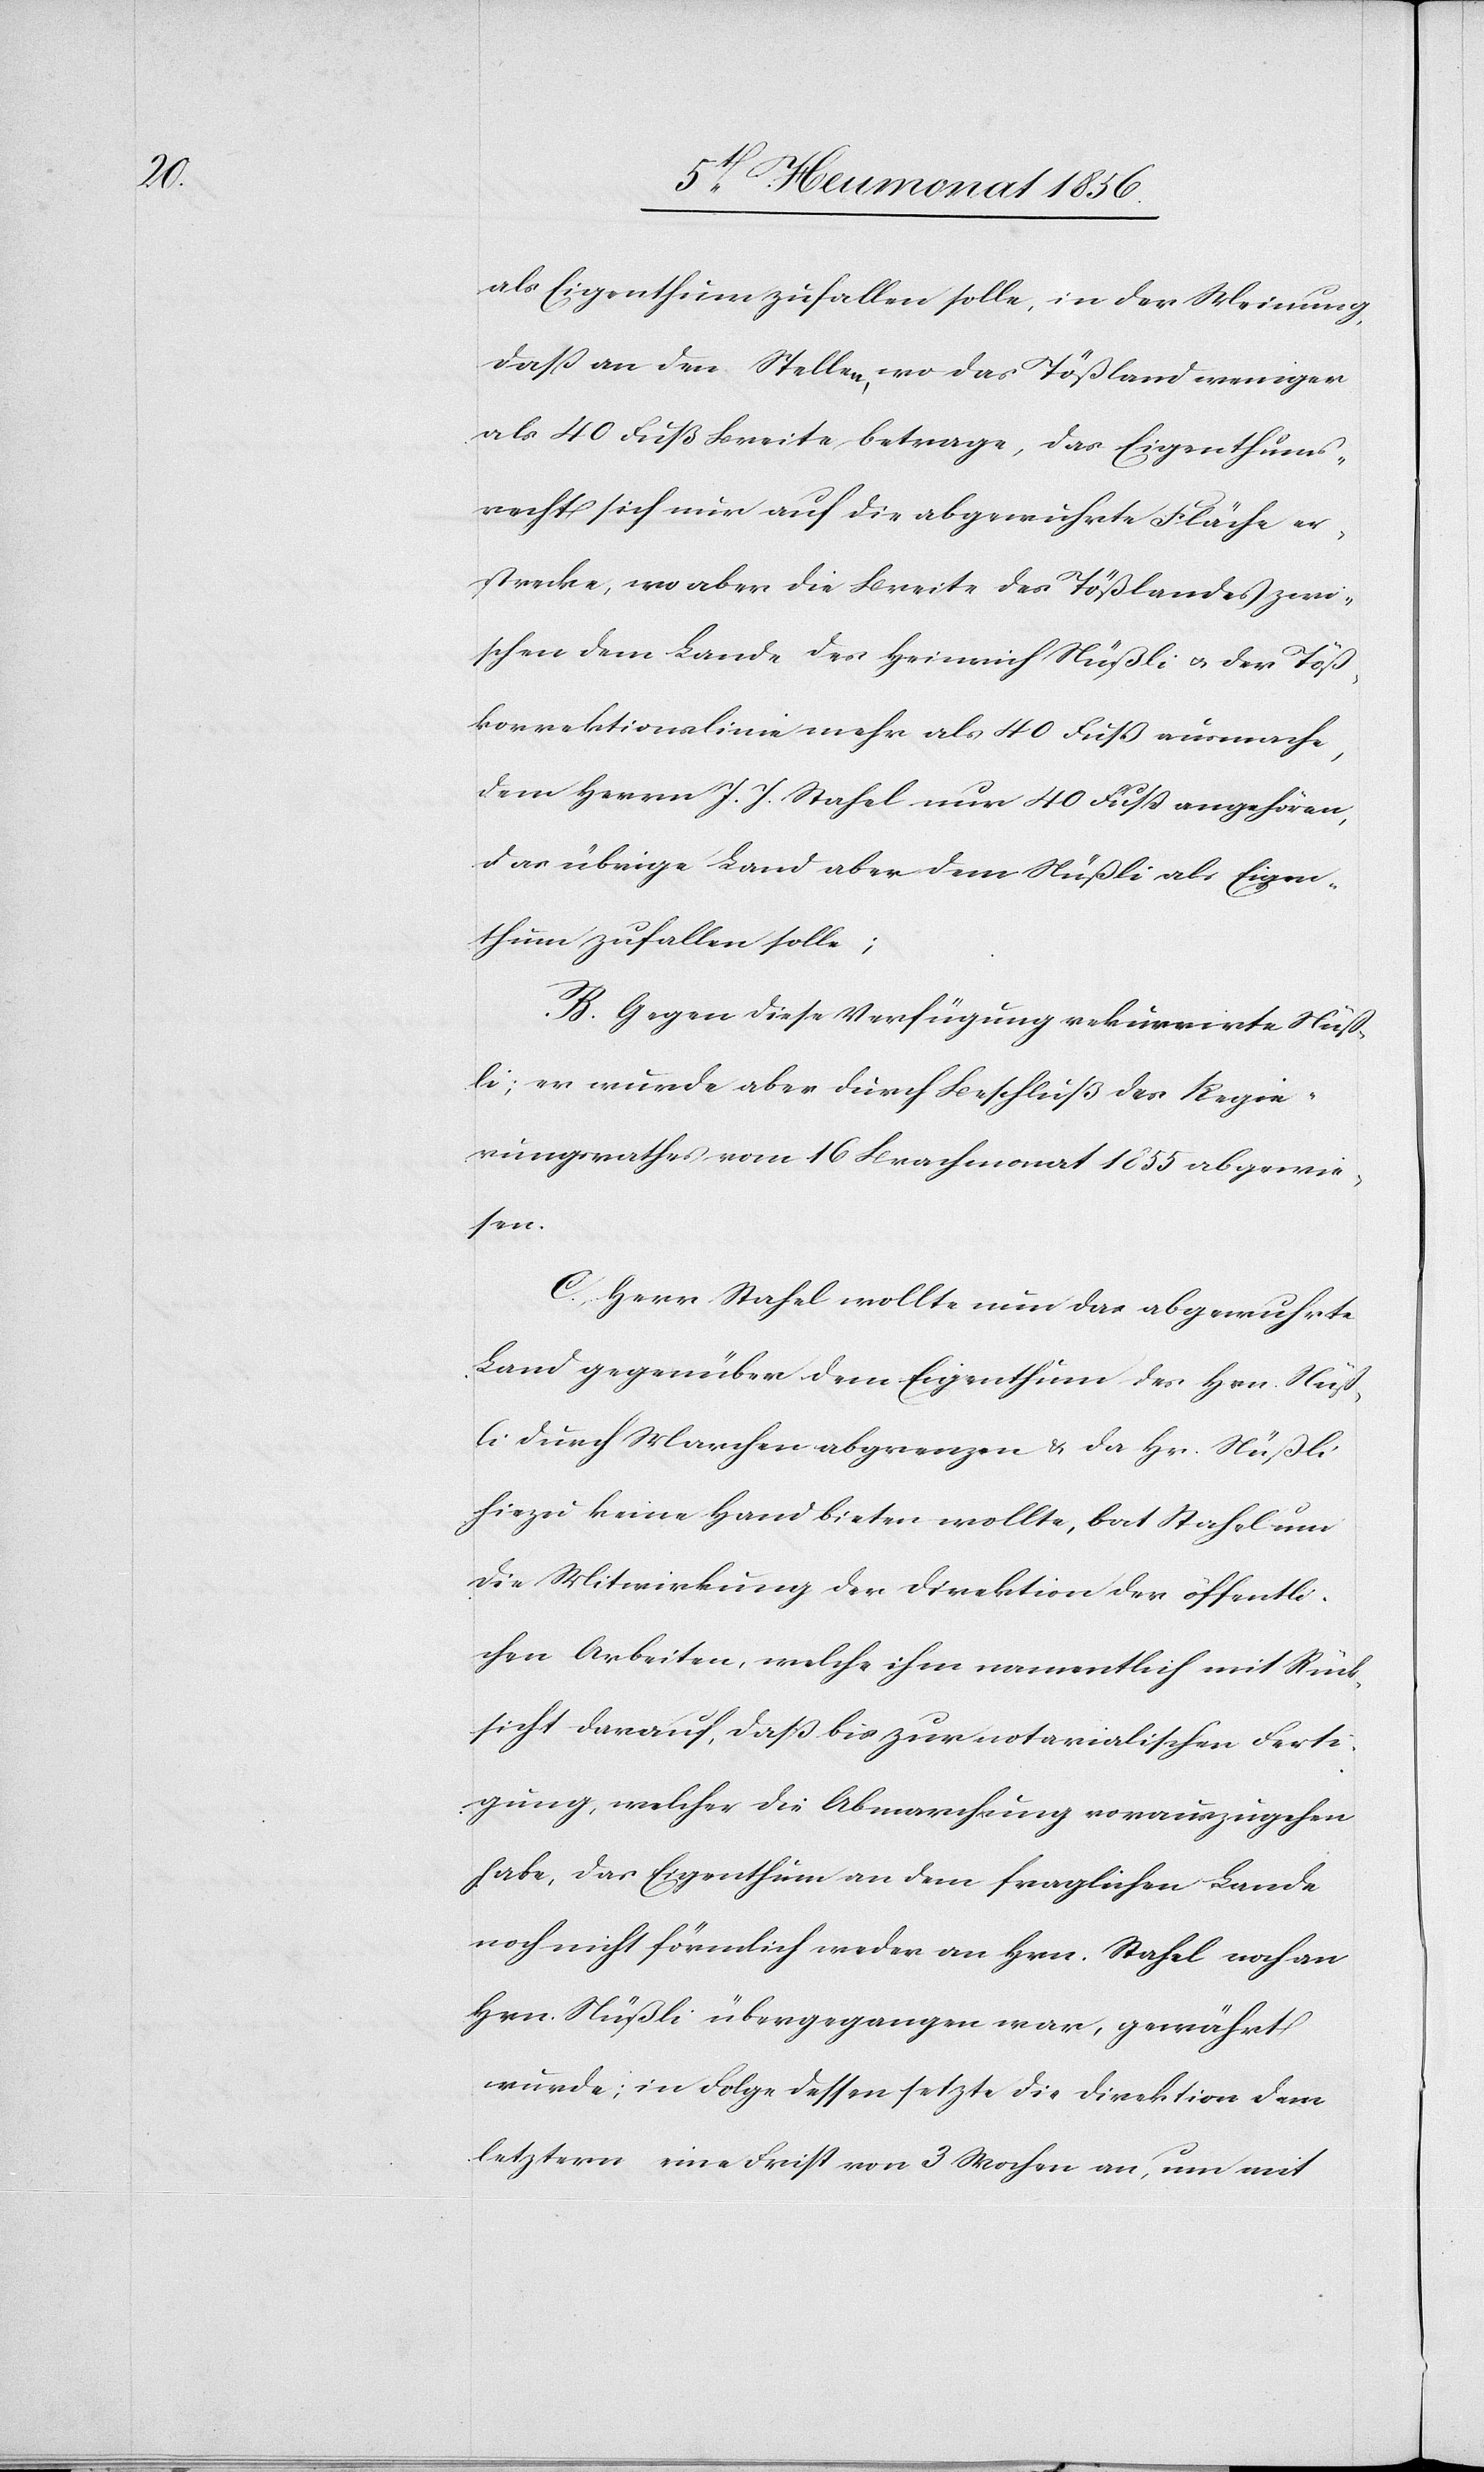
als Eigenthum zufallen solle, in der Meinung,
dass an den Stellen, wo das Tößland weniger
als 40 Fuß Breite betrage, das Eigenthums¬
recht sich nur auf die abgewuhrte Fläche er¬
strecke, wo aber die Breite des Tößlandes zwi¬
schen dem Lande des Heinrich Nüßli u. der Töß¬
korrektionslinie mehr als 40 Fuß ausmache,
dem Herrn J. J. Stahel nur 40 Fuß angehören,
das übrige Land aber dem Nüßli als Eigen¬
thum zufallen solle;
B. Gegen diese Verfügung rekurrirte Nüß¬
li; er wurde aber durch Beschluß des Regie¬
rungsrathes vom 16 Brachmonat 1855 abgewie¬
sen.
C. Herr Stahel wollte nun das abgewuhrte
Land gegenüber dem Eigenthum des Hrn. Nüß¬
li durch Marchen abgrenzen & da Hr. Nüßli
hiezu keine Hand bieten wollte, bat Stahel um
die Mitwirkung der Direktion der öffentli¬
chen Arbeiten, welche ihm namentlich mit Rück¬
sicht darauf, dass bis zur notarialischen Ferti¬
gung, welcher die Abmarchung vorauszugehen
habe, das Eigenthum an dem fraglichen Lande
noch nicht förmlich weder an Hrn. Stahel noch an
Hrn. Nüßli übergegangen war, gewährt
wurde; in Folge dessen setzte die Direktion dem
letztern eine Frist von 3 Wochen an, um mit